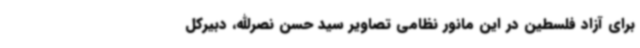
برای آزاد فلسطین در این مانور نظامی تصاویر سید حسن نصرالله، دبیرکل